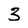
Character: 3